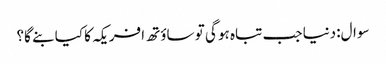
سوال:دنیا جب تباہ ہو گی تو ساؤتھ افریکہ کا کیا بنے گا؟